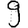
Digit: 9